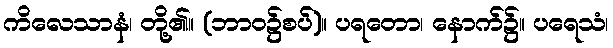
ကိလေသာနံ၊ တို့၏။ (ဘာဝ၌စပ်)။ ပရတော၊ နောက်၌။ ပရေသံ၊